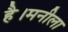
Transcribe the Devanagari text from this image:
है।मनीला